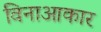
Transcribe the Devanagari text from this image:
विनाआकार